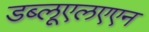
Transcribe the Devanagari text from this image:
डब्लूएलएएन